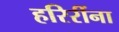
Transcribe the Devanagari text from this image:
हरिरींना